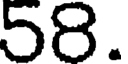
58.